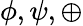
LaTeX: \phi,\psi,\oplus